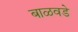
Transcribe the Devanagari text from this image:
बाळवडे